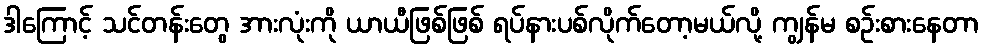
ဒါကြောင့် သင်တန်းတွေ အားလုံးကို ယာယီဖြစ်ဖြစ် ရပ်နားပစ်လိုက်တော့မယ်လို့ ကျွန်မ စဉ်းစားနေတာ